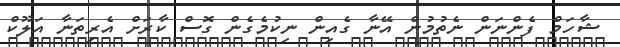
ޝާހަމް ފެންނަން ނެތުމުން އޭނާ ގެއިން ނިކުމެގެން ގޮސް ކާރަށް އެރިތަނާ އަލޫކް